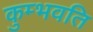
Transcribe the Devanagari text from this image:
कुम्भवति